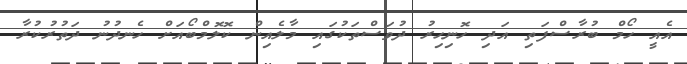
އެއީ ހޯމް ބުރާސްފަތި އަދި ހޮނިހިރު ދުވަސްތަކުގައި މާލެއިން ކޮލޮމްބޯއަށް ހެނދުނު ދަތުރުކުރާ